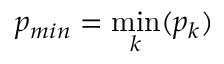
p _ { m i n } = \operatorname* { m i n } _ { k } ( p _ { k } )